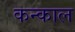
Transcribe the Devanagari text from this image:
कन्काल